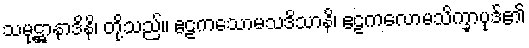
သမုဋ္ဌာနာဒိနိ၊ တို့သည်။ ဧဠကသောမသဒိသာနိ၊ ဧဠကလောမသိက္ခာပုဒ်၏